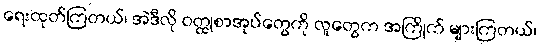
ရေးထုတ်ကြတယ်၊ အဲဒီလို ဝတ္ထုစာအုပ်တွေကို လူတွေက အကြိုက် များကြတယ်၊